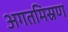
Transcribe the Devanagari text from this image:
अगतमिस्रण